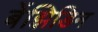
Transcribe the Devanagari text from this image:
बेंझिडिन